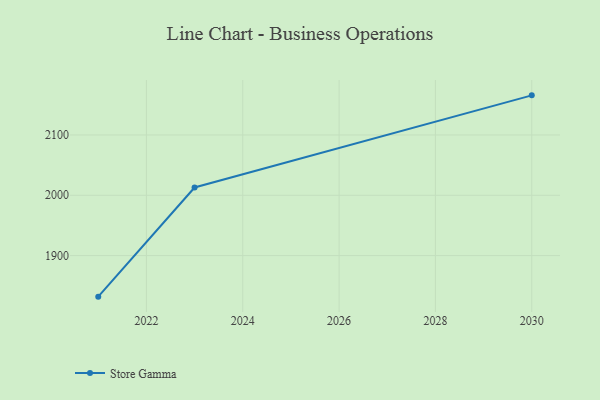
{"axis": {"x": "Year", "y": "Tickets Resolved"}, "legend": ["Store Gamma"], "data": [{"x": "2021", "y": 1831.9, "type": "Store Gamma"}, {"x": "2023", "y": 2012.9, "type": "Store Gamma"}, {"x": "2030", "y": 2165.7, "type": "Store Gamma"}]}